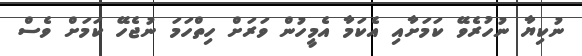
ނުކިޔާ ނުހުރެވޭ ކަމަށާއި އެކަމާ އެމީހުން ވަރަށް ހިތްހަމަ ނުޖެހޭ ކަމަށް ވެސް